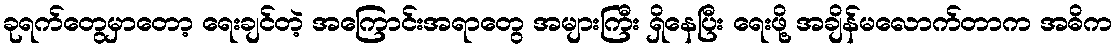
ခုရက်တွေမှာတော့ ရေးချင်တဲ့ အကြောင်းအရာတွေ အများကြီး ရှိနေပြီး ရေးဖို့ အချိန်မလောက်တာက အဓိက